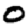
Digit: 0